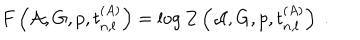
F \left( { \cal A } , G , p , t _ { n , l } ^ { ( A ) } \right) = \log Z \left( { \cal A } , G , p , t _ { n , l } ^ { ( A ) } \right) ~ .